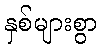
နှစ်များစွာ